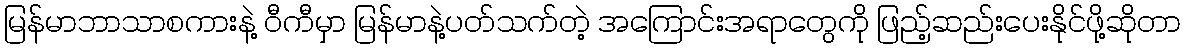
မြန်မာဘာသာစကားနဲ့ ဝီကီမှာ မြန်မာနဲ့ပတ်သက်တဲ့ အကြောင်းအရာတွေကို ဖြည့်ဆည်းပေးနိုင်ဖို့ဆိုတာ